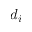
d _ { i }